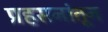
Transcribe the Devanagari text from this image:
प्रहसनांतून